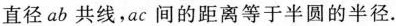
直径ab共线，ac间的距离等于半圆的半径.